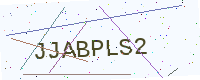
Text: JJABPLS2